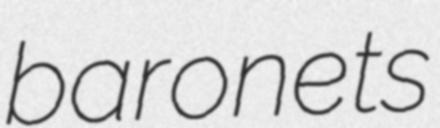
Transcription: baronets